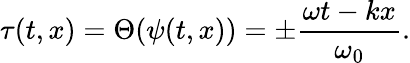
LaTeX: \tau(t,x)=\Theta(\psi(t,x))=\pm\frac{\omega t-kx}{\omega_{0}}.